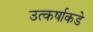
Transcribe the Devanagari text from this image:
उत्कर्षाकडे